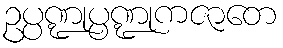
ဥပ္ပဏ္ဍုပ္ပဏ္ဍုကဇာတေ